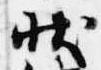
状